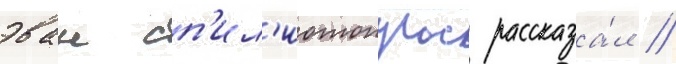
эван сп'ил'иотопулос рассказа́л /